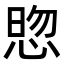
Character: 𭝓